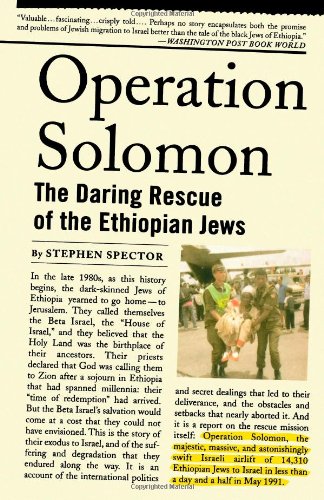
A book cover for Operation Solomon: The Daring Rescue of the Ethiopian Jews; Stephen Spector; History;